Lunatic asylums in Bengal annual reports 1912-1924 - 1912-1924
Year: 1912
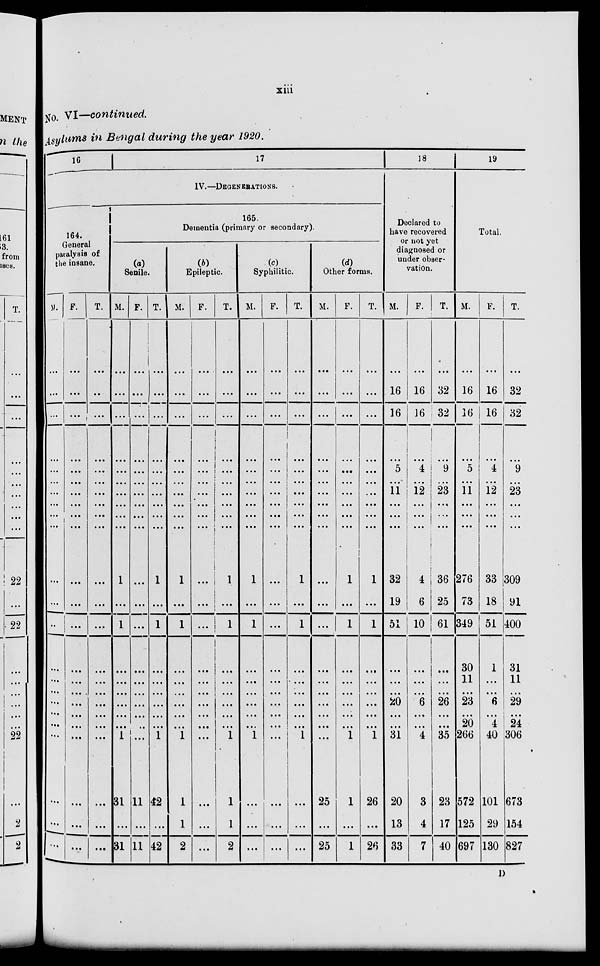
xiii
No. VI—continued.
Asylums in Bengal during the year 1920.
16
17
IV.—DEGENERATIONS.
164.
General
paralysis of
the insane.
M.
...
...
...
...
...
...
...
...
...
...
...
...
...
...
...
...
...
...
...
...
...
...
...
F.
...
...
...
...
...
...
...
...
...
...
...
...
...
...
...
...
...
...
...
...
...
...
...
T.
...
..
...
...
...
...
...
...
...
...
...
...
...
...
...
...
...
...
...
...
...
...
...
165.
Dementia (primary or secondary).
(a)
Senile.
M.
...
...
...
...
...
...
...
...
...
...
1
...
1
...
...
...
...
...
...
1
31
...
31
F.
...
...
...
...
...
...
...
...
...
...
...
...
...
...
...
...
...
...
...
...
11
...
11
T.
...
...
...
...
...
...
...
...
...
...
1
...
1
...
...
...
...
...
...
1
42
...
42
(b)
Epileptic.
M.
...
...
...
...
...
...
...
...
...
...
1
...
1
...
...
...
...
...
...
1
1
1
2
F.
...
...
...
...
...
...
...
...
...
...
...
...
...
...
...
...
...
...
...
...
...
...
...
T.
...
...
...
...
...
...
...
...
...
...
1
...
1
...
...
...
...
...
...
1
1
1
2
(c)
Syphilitic.
M.
...
...
...
...
...
...
...
...
...
...
1
...
1
...
...
...
...
...
...
1
...
...
...
F.
...
...
...
...
...
...
...
...
...
...
...
...
...
...
...
...
...
...
...
...
...
...
...
T.
...
...
...
...
...
...
...
...
...
...
1
...
1
...
...
...
...
...
...
1
...
...
...
(d)
Other forms.
M.
...
...
...
...
...
...
...
...
...
...
...
...
...
...
...
...
...
...
...
...
25
...
25
F.
...
...
...
...
...
...
...
...
...
...
1
...
1
...
...
...
...
...
...
1
1
...
1
T.
...
...
...
...
...
...
...
...
...
...
1
...
1
...
...
...
...
...
...
1
26
...
26
18
Declared to
have recovered
or not yet
diagnosed or
under obser-
vation.
M.
...
16
16
...
5
...
11
...
...
...
32
19
51
...
...
...
20
...
...
31
20
13
33
F.
...
16
16
...
4
...
12
...
...
...
4
6
10
...
...
...
6
...
...
4
3
4
7
T.
...
32
32
...
9
...
23
...
...
...
36
25
61
...
...
...
26
...
...
35
23
17
40
19
Total.
M.
...
16
16
...
5
...
11
...
...
...
276
73
349
30
11
...
23
...
20
266
572
125
697
F.
...
16
16
...
4
...
12
...
...
...
33
18
51
1
...
...
6
...
4
40
101
29
130
T.
...
32
32
...
9
...
23
...
...
...
309
91
400
31
11
...
29
...
24
306
673
154
827
D